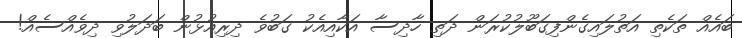
ބައެއް ތަކެތި އަތުލައިގެންފިގަބޫލުކުރަން ދަތި ހާދިސާ އަކާއިއެކު ގަބުވެ ދިރިއުޅުން ބަދަލުވި ދިވެއްސެއް!